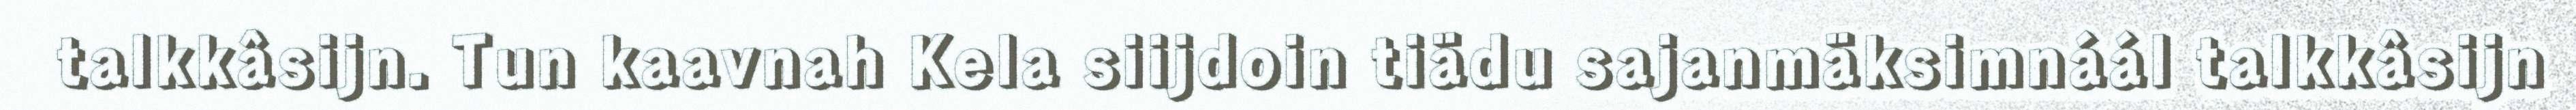
talkkâsijn. Tun kaavnah Kela siijdoin tiädu sajanmäksimnáál talkkâsijn